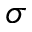
\sigma